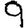
Digit: 9